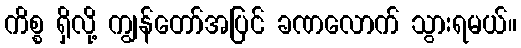
ကိစ္စ ရှိလို့ ကျွန်တော်အပြင် ခဏလောက် သွားရမယ်။